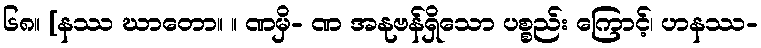
၆၈။ [နဿ ဃာတော။ ။ ဏမှိ- ဏ အနုဗန်ရှိသော ပစ္စည်း ကြောင့်၊ ဟနဿ-